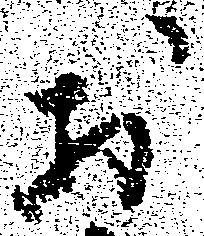
於